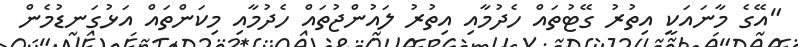
"އޭގެ މާނައަކީ އިތުރު ގޭޓުތައް ހެދުމާއި އިތުރު ލައުންޖުތައް ހެދުމާއި މިކަންތައް އަޅުގަނޑުމެން